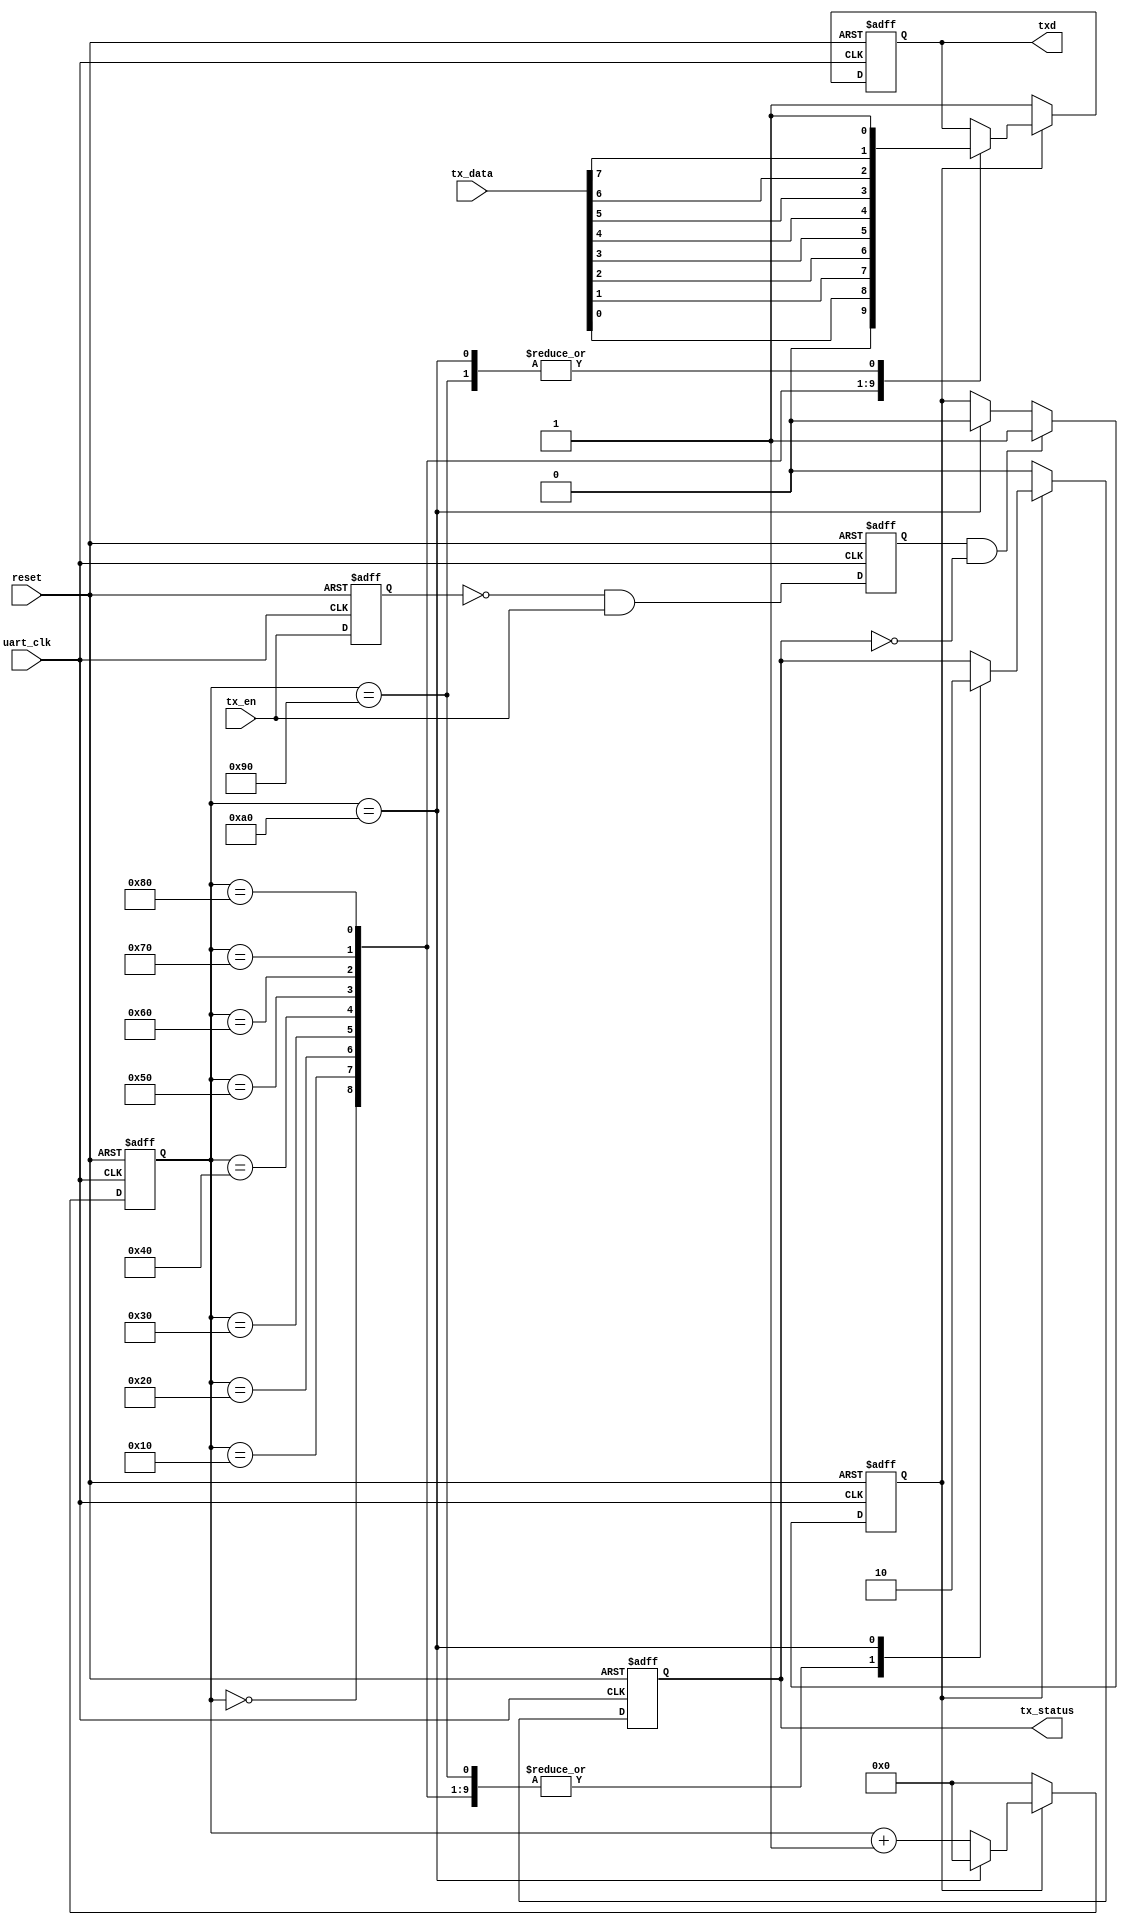
`timescale 1ns/1ps
//2013011076 Wang Han
//UART Sender

module uarttx(reset, uart_clk, tx_data, tx_en, tx_status, txd);
	input reset, uart_clk;
	input [7:0] tx_data; 	//data to send
	input tx_en; 			//sender enable
	output reg tx_status;	//0=idle, 1=busy
	output reg txd;
	reg sending;
	reg sigbuf, sigrise;
	reg[7:0] cnt; 			//counter
	
	initial begin
		cnt <= 1'b0;
		sigbuf <= 1'b0;
		sigrise <= 1'b0;
		txd <= 1'b1;
		tx_status <= 1'b0;
		sending <= 1'b0;
	end
	
	//find the posedge of tx_en
	always @(negedge reset or posedge uart_clk)
	begin
		if (~reset)
		begin
			sigbuf <= 1'b0;
			sigrise <= 1'b0;
		end
		else
		begin
			sigbuf <= tx_en;
			sigrise <= (~sigbuf) & tx_en;
		end
	end
	
	//start or terminate a sending thread
	always @(negedge reset or posedge uart_clk)
	begin
		if (~reset)
			sending <= 1'b0;
		else
		begin
			if (sigrise && ~tx_status)	//posedge of tx_en detected && idle
				sending <= 1'b1;
			else
				if(cnt == 8'd160) 		//a byte has been transferred
					sending <= 1'b0;
		end
	end
	
	//sending thread
	always @(negedge reset or posedge uart_clk)
	begin
		if (~reset)
			begin
				cnt <= 1'b0;
				txd <= 1'b1;
				tx_status <= 1'b0;
			end
		else
			begin
				if (sending)
				begin
					case(cnt)
						//start bit
						8'd0:
							begin
								txd <= 1'b0;
								tx_status <= 1'b1;
								cnt <= cnt + 8'd1;
							end
						//tx_data
						8'd16:
							begin
								txd <= tx_data[0];
								tx_status <= 1'b1;
								cnt <= cnt + 8'd1;
							end
						8'd32:
							begin
								txd <= tx_data[1];
								tx_status <= 1'b1;
								cnt <= cnt + 8'd1;
							end
						8'd48:
							begin
								txd <= tx_data[2];
								tx_status <= 1'b1;
								cnt <= cnt + 8'd1;
							end
						8'd64:
							begin
								txd <= tx_data[3];
								tx_status <= 1'b1;
								cnt <= cnt + 8'd1;
							end
						8'd80:
							begin
								txd <= tx_data[4];
								tx_status <= 1'b1;
								cnt <= cnt + 8'd1;
							end
						8'd96:
							begin
								txd <= tx_data[5];
								tx_status <= 1'b1;
								cnt <= cnt + 8'd1;
							end
						8'd112:
							begin
								txd <= tx_data[6];
								tx_status <= 1'b1;
								cnt <= cnt + 8'd1;
							end
						8'd128:
							begin
								txd <= tx_data[7];
								tx_status <= 1'b1;
								cnt <= cnt + 8'd1;
							end
						//stop bit
						8'd144:
							begin
								txd <= 1'b1;
								tx_status <= 1'b1;
								cnt <= cnt + 8'd1;
							end
						//idle
						8'd160:
							begin
								txd <= 1'b1;
								tx_status <= 1'b0;
								cnt <= 8'd0;
							end
						default:
								cnt <= cnt + 8'd1;
					endcase
				end
				else
				begin
					txd <= 1'b1;
					cnt <= 8'd0;
					tx_status <= 1'b0;
				end
			end
	end
endmodule